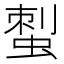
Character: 𧌐